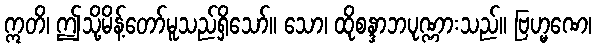
ဣတိ၊ ဤသို့မိန့်တော်မူသည်ရှိသော်။ သော၊ ထိုစန္ဒာဘပုဏ္ဏားသည်။ ဗြဟ္မဏေ၊